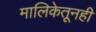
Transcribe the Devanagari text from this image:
मालिकेतूनही